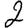
Digit: 2